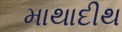
માથાદીથ